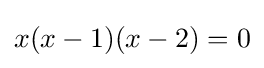
x(x-1)(x-2)=0